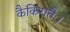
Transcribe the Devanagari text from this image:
कैकिरातैः।